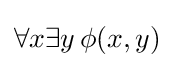
\forall x\exists y\,\phi (x,y)